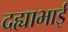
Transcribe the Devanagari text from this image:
दह्याभाई